Report of an investigation of the epidemic of malarial fever in Assam, or, kala-azar
Disease focus: Malaria
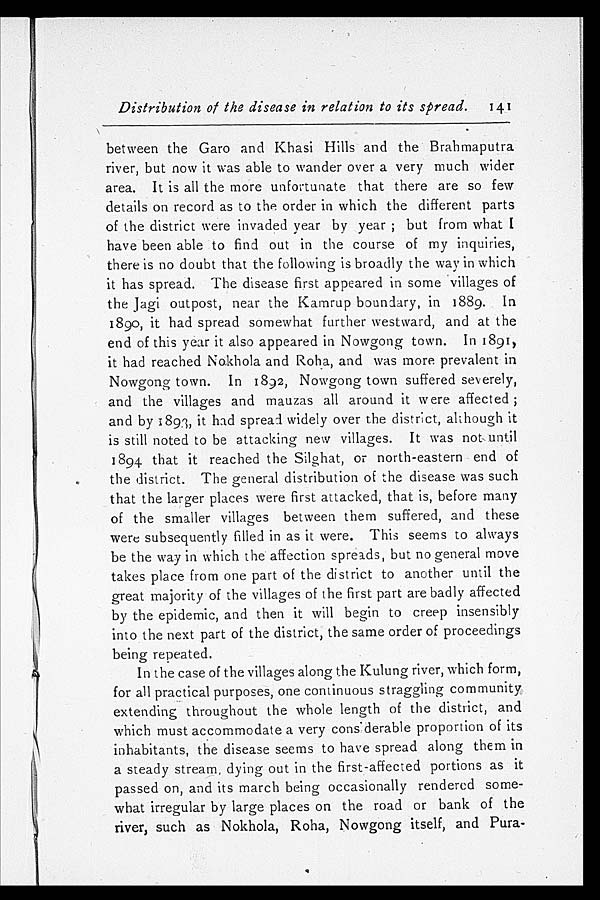
Distribution of the disease in relation to its spread. 141
between the Garo and Khasi Hills and the Brahmaputra
river, but now it was able to wander over a very much wider
area. It is all the more unfortunate that there are so few
details on record as to the order in which the different parts
of the district were invaded year by year; but from what I
have been able to find out in the course of my inquiries,
there is no doubt that the following is broadly the way in which
it has spread. The disease first appeared in some villages of
the Jagi outpost, near the Kamrup boundary, in 1889. In
1890, it had spread somewhat further westward, and at the
end of this year it also appeared in Nowgong town. In 1891,
it had reached Nakhola and Roha, and was more prevalent in
Nowgong town. In 1892, Nowgong town suffered severely,
and the villages and mauzas all around it were affected;
and by 1893, it had spread widely over the district, although it
is still noted to be attacking new villages. It was not until
1894 that it reached the Silghat, or north-eastern end of
the district. The general distribution of the disease was such
that the larger places were first attacked, that is, before many
of the smaller villages between them suffered, and these
were subsequently filled in as it were. This seems to always
be the way in which the affection spreads, but no general move
takes place from one part of the district to another until the
great majority of the villages of the first part are badly affected
by the epidemic, and then it will begin to creep insensibly
into the next part of the district, the same order of proceedings
being repeated.
In the case of the villages along the Kulung river, which form,
for all practical purposes, one continuous straggling community
extending throughout the whole length of the district, and
which must accommodate a very considerable proportion of its
inhabitants, the disease seems to have spread along them in
a steady stream, dying out in the first-affected portions as it
passed on, and its march being occasionally rendered some
-what irregular by large places on the road or bank of the
river, such as Nokhola, Roha, Nowgong itself, and Pura-